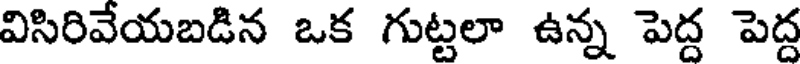
విసిరివేయబడిన ఒక గుట్టలా ఉన్న పెద్ద పెద్ద